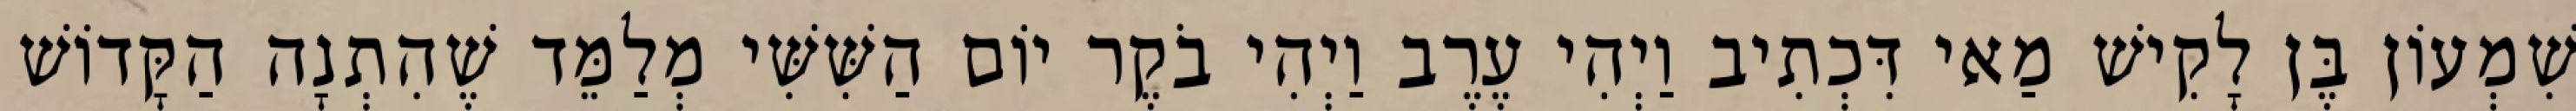
שִׁמְעוֹן בֶּן לָקִישׁ מַאי דִּכְתִיב וַיְהִי עֶרֶב וַיְהִי בֹקֶר יוֹם הַשִּׁשִּׁי מְלַמֵּד שֶׁהִתְנָה הַקָּדוֹשׁ